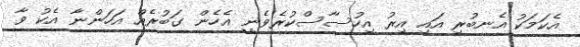
އެކަމަކު އެނބުރި އައި އިރު އިހުސާސްކުރެވެނީ އެހެން ގަބުރެއް އަހަންނާ އެކު ވާ